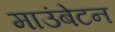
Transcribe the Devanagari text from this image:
माउंबेटन